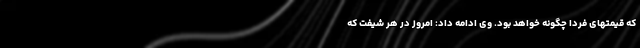
که قیمتهای فردا چگونه خواهد بود. وی ادامه داد: امروز در هر شیفت که